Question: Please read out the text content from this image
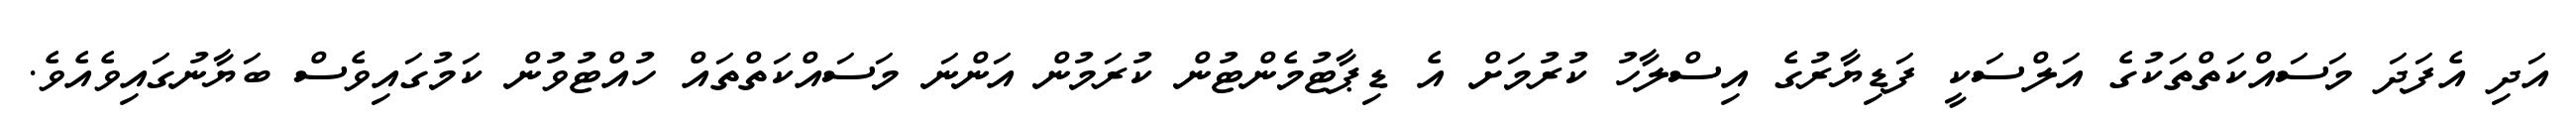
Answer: އަދި އެފަދަ މަސައްކަތްތަކުގެ އަލްސަކީ ފަޑިޔާރުގެ އިސްލާހު ކުރުމަށް އެ ޑިޕާޓުމެންޓުން ކުރަމުން އަންނަ މަސައްކަތްތައް ހުއްޓުވުން ކަމުގައިވެސް ބަޔާނުގައިވެއެވެ.